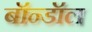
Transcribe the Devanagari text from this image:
बॉन्डॉल